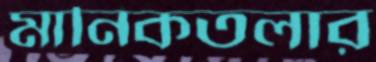
মানিকতলার